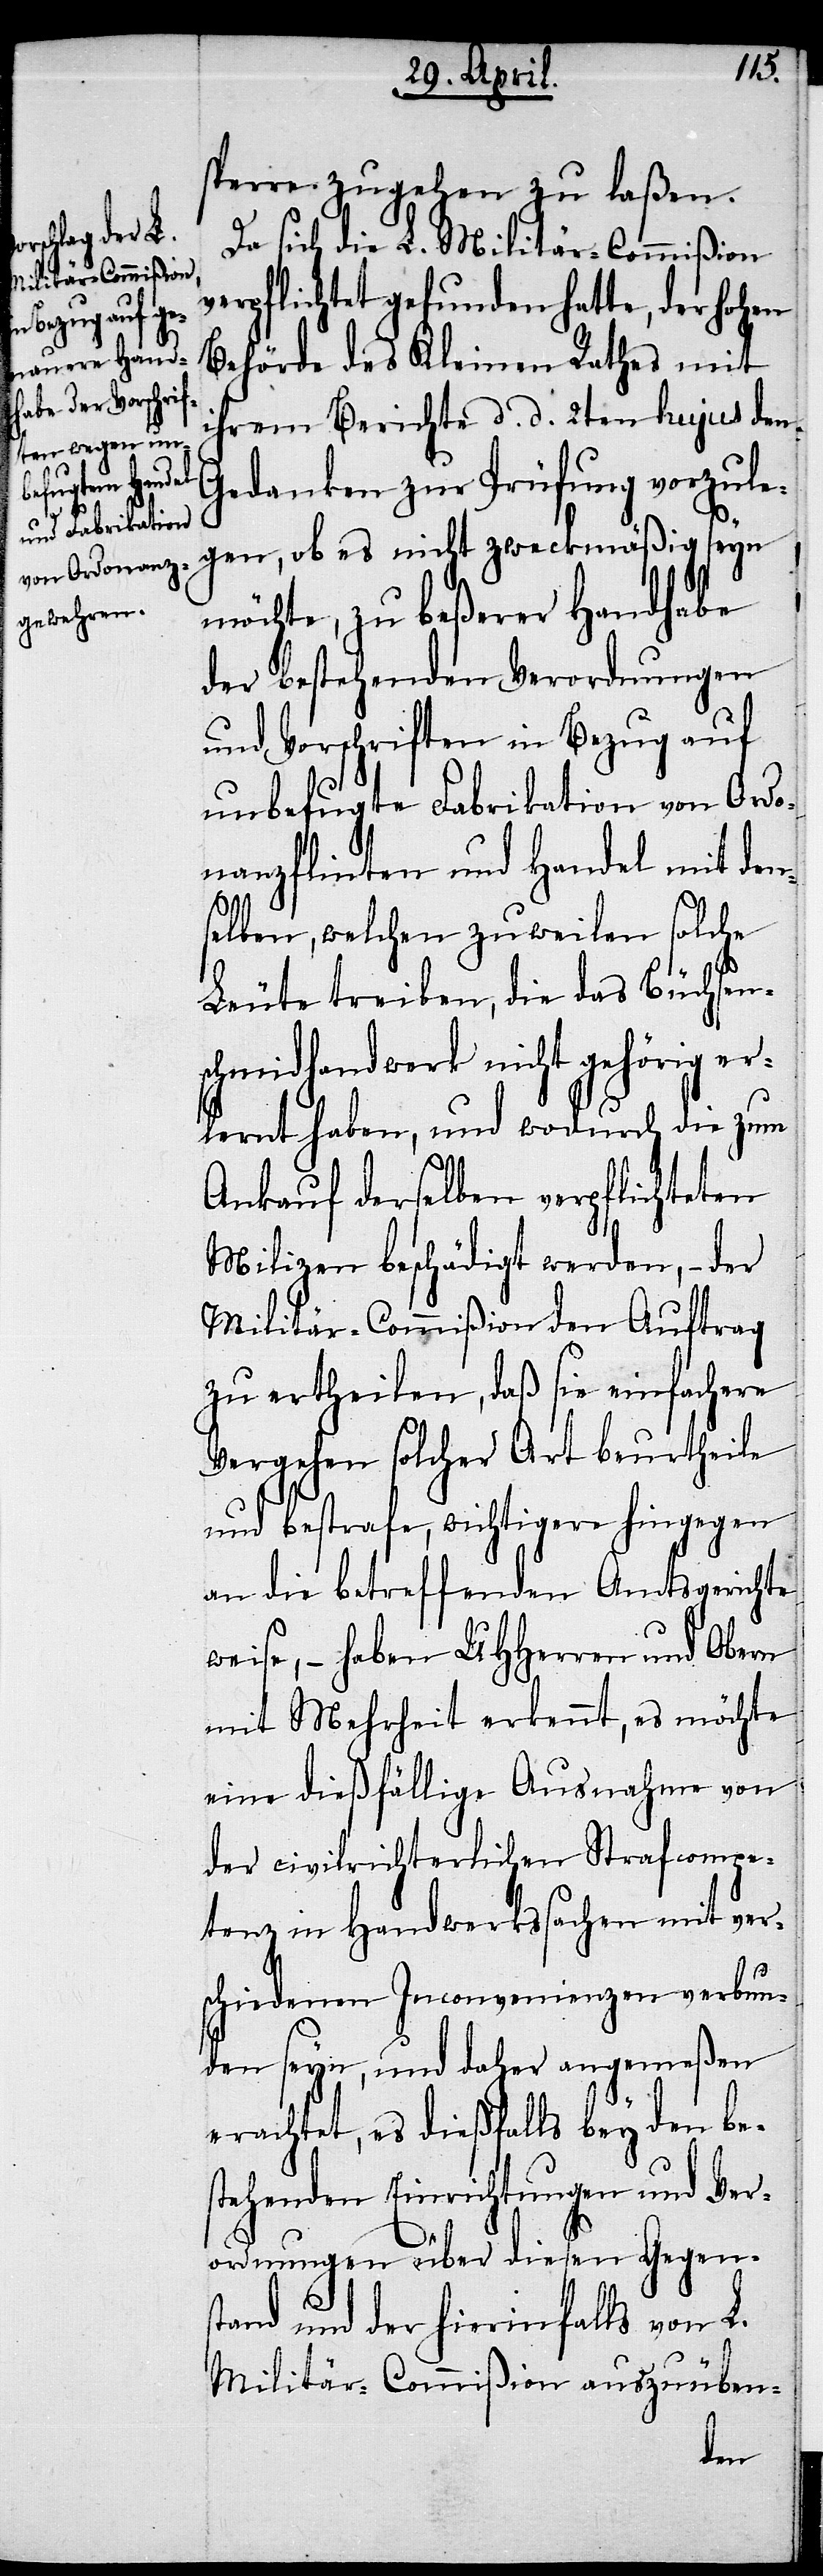
sperre zugehen zu laßen.
Da sich die L. Militär-Commißion
verpflichtet gefunden hatte, der hohen
Behörde des Kleinen Rathes mit
ihrem Bericht d. d. 2ten hujus den
Gedanken zur Prüfung vorzule¬
gen, ob es nicht zweckmäßig seyn
möchte, zu beßerer Handhabe
der bestehenden Verordnungen
und Vorschriften in Bezug auf
unbefugte Fabrikation von Ordo¬
nanzpflichten und Handel mit den¬
selben, welchen zuweilen solche
Leute treiben, die das Büchsen¬
schmidhandwerk nicht gehörig er¬
lernt haben, und wodurch die zum
Ankauf derselben verpflichteten
Milizen beschädigt werden, – der
Militär-Commißion den Auftrag
zu ertheilen, daß sie einfachere
Vergehen solcher Art beurtheile
und bestrafe, wichtigere hingegen
an die betreffenden Amtsgerichte
weise, – haben UHHerren und Obern
mit Mehrheit erkennt, es möchte
eine dießfällige Ausnahme von
der civilrichterlichen Strafcompe¬
tenz in Handwerkssachen mit ver¬
schiedenen Inconvenienzen verbun¬
den seyn, und daher angemeßen
erachtet, es dießfalls bey den bes¬
tehenden Einrichtungen und Ver¬
ordnungen über diesen Gegen¬
stand und der hierinfalls von L.
Militär-Comißion auszuübun-